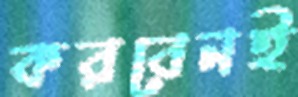
করবেনই